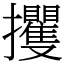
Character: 攫